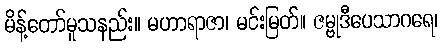
မိန့်တော်မူသနည်း။ မဟာရာဇာ၊ မင်းမြတ်။ ဇမ္ဗုဒီပေသာဂရေ၊